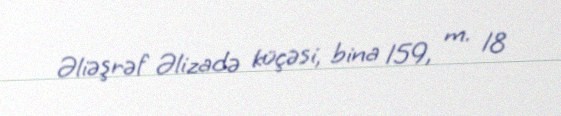
Əliəşrəf Əlizadə küçəsi, bina 159, m. 18